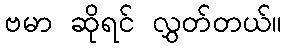
ဗမာ ဆိုရင် လွှတ်တယ်။